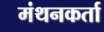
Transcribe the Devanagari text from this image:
मंथनकर्ता